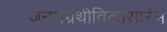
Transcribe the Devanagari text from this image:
जननग्रंथीविकासारंभ